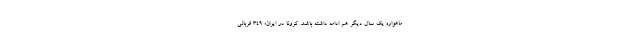
ماهواره یک سال دیگر هم ادامه داشته باشد. کرونا در ایران؛ ۳۴۹ قربانی